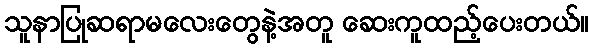
သူနာပြုဆရာမလေးတွေနဲ့အတူ ဆေးကူထည့်ပေးတယ်။